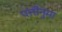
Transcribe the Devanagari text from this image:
पत्तीनुमा